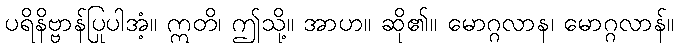
ပရိနိဗ္ဗာန်ပြုပါအံ့။ ဣတိ၊ ဤသို့။ အာဟ။ ဆို၏။ မောဂ္ဂလာန၊ မောဂ္ဂလာန်။